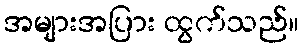
အများအပြား ထွက်သည်။